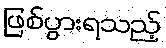
ဖြစ်ပွားရသည့်